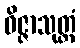
ဝိဇ္ဇာသုတ္တံ